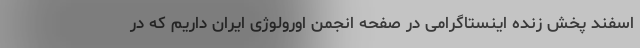
اسفند پخش زنده اینستاگرامی در صفحه انجمن اورولوژی ایران داریم که در